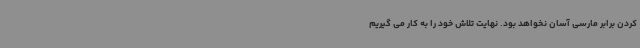
کردن برابر مارسی آسان نخواهد بود. نهایت تلاش خود را به کار می گیریم